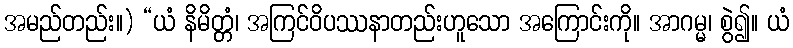
အမည်တည်း။) “ယံ နိမိတ္တံ၊ အကြင်ဝိပဿနာတည်းဟူသော အကြောင်းကို။ အာဂမ္မ၊ စွဲ၍။ ယံ